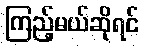
ကြည့်မယ်ဆိုရင်